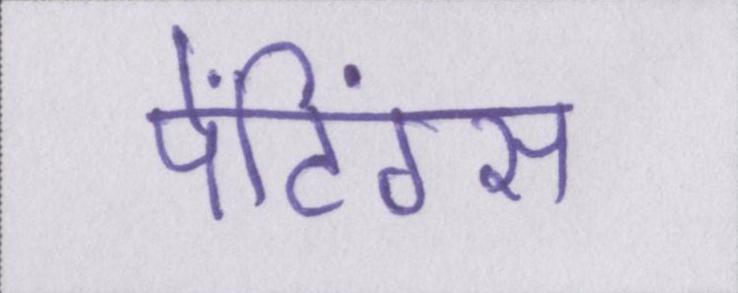
पेंटिंग्स